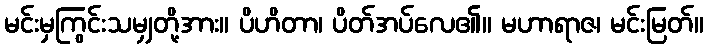
မင်းမှကြွင်းသမျှတို့အား။ ပိဟိတာ၊ ပိတ်အပ်လေ၏။ မဟာရာဇ၊ မင်းမြတ်။